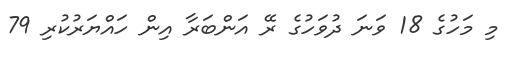
މި މަހުގެ 18 ވަނަ ދުވަހުގެ ރޭ އަންބަރާ އިން ހައްޔަރުކުރި 79